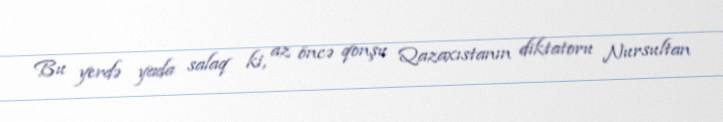
Bu yerdə yada salaq ki, az öncə qonşu Qazaxıstanın diktatoru Nursultan